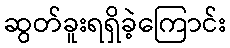
ဆွတ်ခူးရရှိခဲ့ကြောင်း